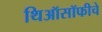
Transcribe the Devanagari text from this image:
थिऑसॉफीचे